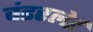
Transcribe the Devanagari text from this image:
वंडरलेई